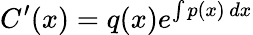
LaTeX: C^{\prime}(x)=q(x)e^{\int p(x)\, dx}